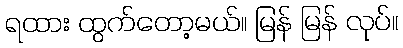
ရထား ထွက်တော့မယ်။ မြန် မြန် လုပ်။